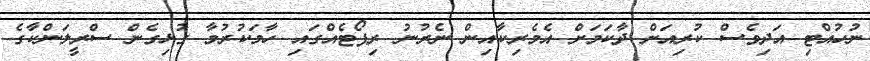
ނުހުއްޓި އަދިވެސް ކުރިއަށް ދާކަމަށް އެމެރިކާއިން ނެރުނު ރިޕޯޓެއްގައި ހާމަކުރުމާ ގުޅިގެން ސްރީލަންކާގެ